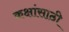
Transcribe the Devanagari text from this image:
कक्षांसाठी